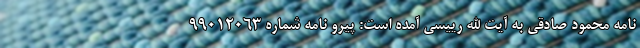
نامه محمود صادقی به آیت الله رییسی آمده است: پیرو نامه شماره ۹۹۰۱۲۰۶۳